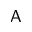
\mathsf { A }